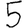
Digit: 5